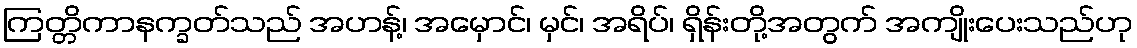
ကြတ္တိကာနက္ခတ်သည် အဟန့်၊ အမှောင်၊ မှင်၊ အရိပ်၊ ရှိန်းတို့အတွက် အကျိုးပေးသည်ဟု